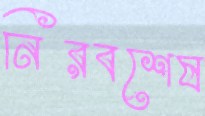
নিরবশেষ